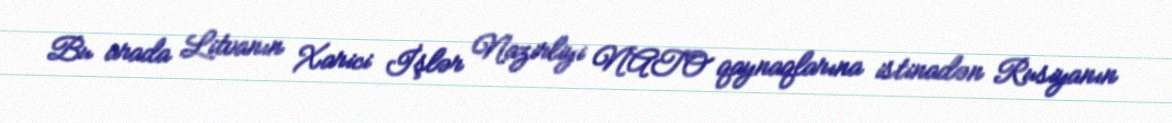
Bu arada Litvanın Xarici İşlər Nazirliyi NATO qaynaqlarına istinadən Rusiyanın